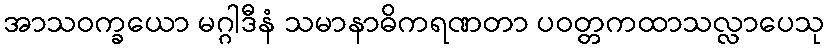
အာသဝက္ခယော မဂ္ဂါဒီနံ သမာနာဓိကရဏတာ ပဝတ္တကထာသလ္လာပေသု